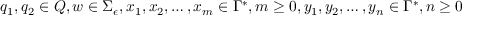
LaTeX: q _ { 1 } , q _ { 2 } \in Q , w \in \Sigma _ { \epsilon } , x _ { 1 } , x _ { 2 } , \ldots , x _ { m } \in \Gamma ^ { * } , m \geq 0 , y _ { 1 } , y _ { 2 } , \ldots , y _ { n } \in \Gamma ^ { * } , n \geq 0